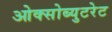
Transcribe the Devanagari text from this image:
ओक्सोब्युटरेट